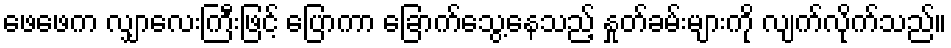
ဖေဖေက လျှာလေးကြီးဖြင့် ပြောကာ ခြောက်သွေ့နေသည့် နှုတ်ခမ်းများကို လျက်လိုက်သည်။